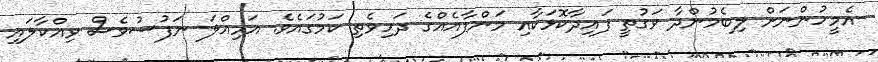
އެމީހުންނަށް ލިބެމުންދާ ވަގުތީ ފައިދާކޮޅަކާއި މަންފާއެއްގެ ދަހިވެތި ކަމުގައެވެ. އަމިއްލަ ނަފުސުވެސް ވިއްކާލައި